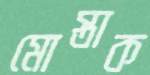
মোস্তাক